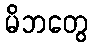
မိဘတွေ